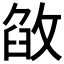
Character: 𢽶